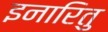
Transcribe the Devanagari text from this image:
इनारितु